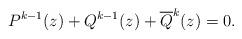
LaTeX: \begin{align*}P^{k-1}(z)+Q^{k-1}(z)+\overline Q^{k}(z)=0.\end{align*}